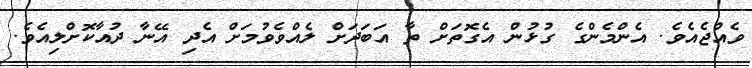
ވެއްޖެއެވެ. އެންމެންގެ ގުޅުން އެގޮތަށް ތާ އަބަދަށް ލެއްވެވުމަށް އެދި އޭނާ ދުއާކޮށްލިއެވެ.